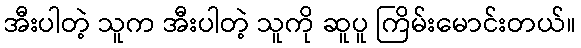
အီးပါတဲ့ သူက အီးပါတဲ့ သူကို ဆူပူ ကြိမ်းမောင်းတယ်။